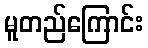
မူတည်ကြောင်း